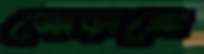
জোড়ালো